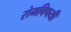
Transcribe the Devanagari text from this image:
रोमविषयी